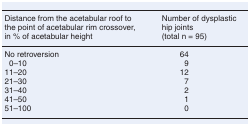
| Distance from the acetabular roof to the point of acetabular rim crossover, in % of acetabular height | Number of dysplastic hip joints (total n = 95) |
 | --- | --- |
 | No retroversion | 64 |
 | 0–10 | 9 |
 | 11–20 | 12 |
 | 21–30 | 7 |
 | 31–40 | 2 |
 | 41–50 | 1 |
 | 51–100 | 0 |